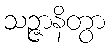
သဉ္ဇာနိတွာ